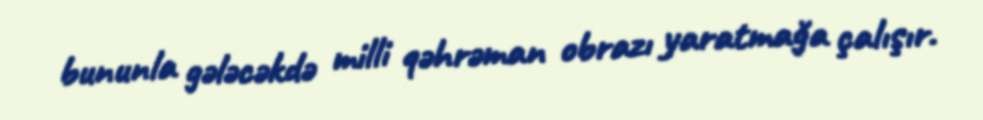
bununla gələcəkdə milli qəhrəman obrazı yaratmağa çalışır.